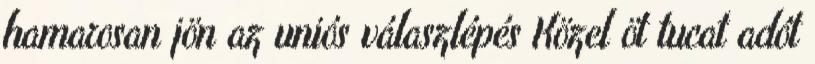
hamarosan jön az uniós válaszlépés Közel öt tucat adót